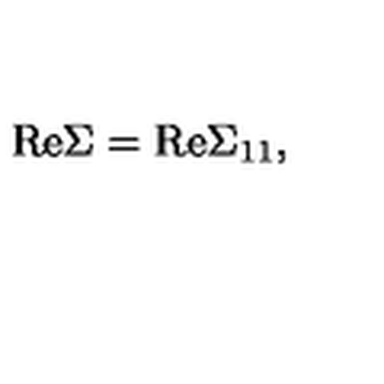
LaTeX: \mathrm { R e } \Sigma = \mathrm { R e } { \Sigma } _ { 1 1 } ,